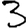
Digit: 3